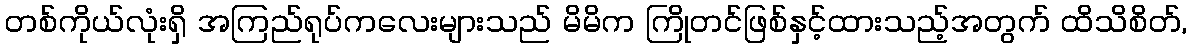
တစ်ကိုယ်လုံးရှိ အကြည်ရုပ်ကလေးများသည် မိမိက ကြိုတင်ဖြစ်နှင့်ထားသည့်အတွက် ထိသိစိတ်,